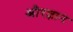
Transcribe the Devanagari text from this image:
औरज्ञान